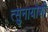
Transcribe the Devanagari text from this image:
त्सुनायोशी